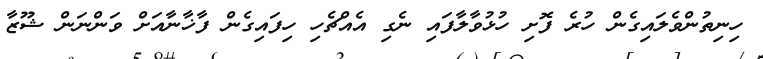
ހިނިތުންވެލައިގެން ހުރެ ފޮށި ހުޅުވާލާފައި ނެގި އެއްޗެހި ހިފައިގެން ފާޚާނާއަށް ވަންނަން ޝޫޒާ